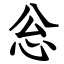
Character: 忩